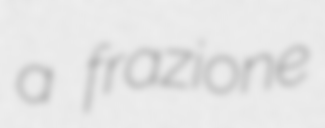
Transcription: a frazione